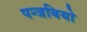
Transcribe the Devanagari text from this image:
पन्जबियो